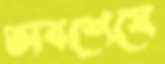
অবশেষে